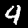
Digit: 4